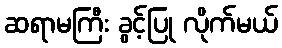
ဆရာမကြီး ခွင့်ပြု လိုက်မယ်